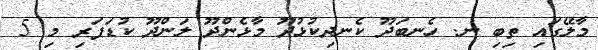
މާލޭގައި ތިބި ނ. ހެނބަދޫ ކެނދިކުޅުދޫ މާޅެންދޫ ލަންދޫ ކުޑަފަރި މި 5